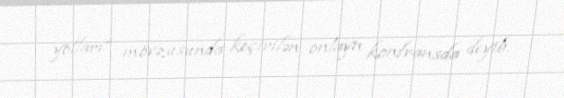
yolları” mövzusunda keçirilən onlayn konfransda deyib.